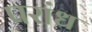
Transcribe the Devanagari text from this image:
परांध